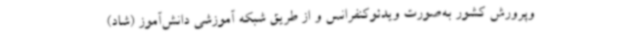
وپرورش کشور به‌صورت ویدئوکنفرانس و از طریق شبکه آموزشی دانش‌آموز (شاد)